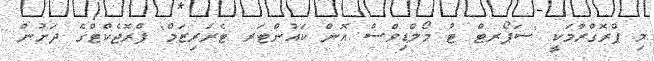
މި ޕްރޮގްރާމަކީ 'ސަޕޯރޓް ޓު މޯލްޑިވްސް އޮން ކައުންޓަރ ޓެރަރިޒަމް' ޕްރޮޖެކްޓްގެ ދަށުން